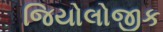
જિયોલોજીક